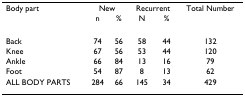
<table><thead><tr><td><b>Body part</b></td><td colspan="2"><b>New</b></td><td colspan="2"><b>Recurrent</b></td><td><b>Total Number</b></td></tr><tr><td></td><td><b>n</b></td><td><b>%</b></td><td><b>N</b></td><td><b>%</b></td><td></td></tr></thead><tbody><tr><td>Back</td><td>74</td><td>56</td><td>58</td><td>44</td><td>132</td></tr><tr><td>Knee</td><td>67</td><td>56</td><td>53</td><td>44</td><td>120</td></tr><tr><td>Ankle</td><td>66</td><td>84</td><td>13</td><td>16</td><td>79</td></tr><tr><td>Foot</td><td>54</td><td>87</td><td>8</td><td>13</td><td>62</td></tr><tr><td>ALL BODY PARTS</td><td>284</td><td>66</td><td>145</td><td>34</td><td>429</td></tr></tbody></table>